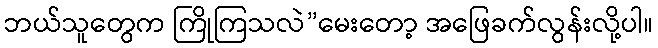
ဘယ်သူတွေက ကြိုကြသလဲ”မေးတော့ အဖြေခက်လွန်းလို့ပါ။